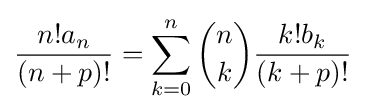
{\frac {n!a_{n}}{(n+p)!}}=\sum _{k=0}^{n}{\binom {n}{k}}{\frac {k!b_{k}}{(k+p)!}}